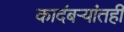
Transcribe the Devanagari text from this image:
कादंबर्‍यांतही